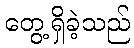
တွေ့ရှိခဲ့သည်